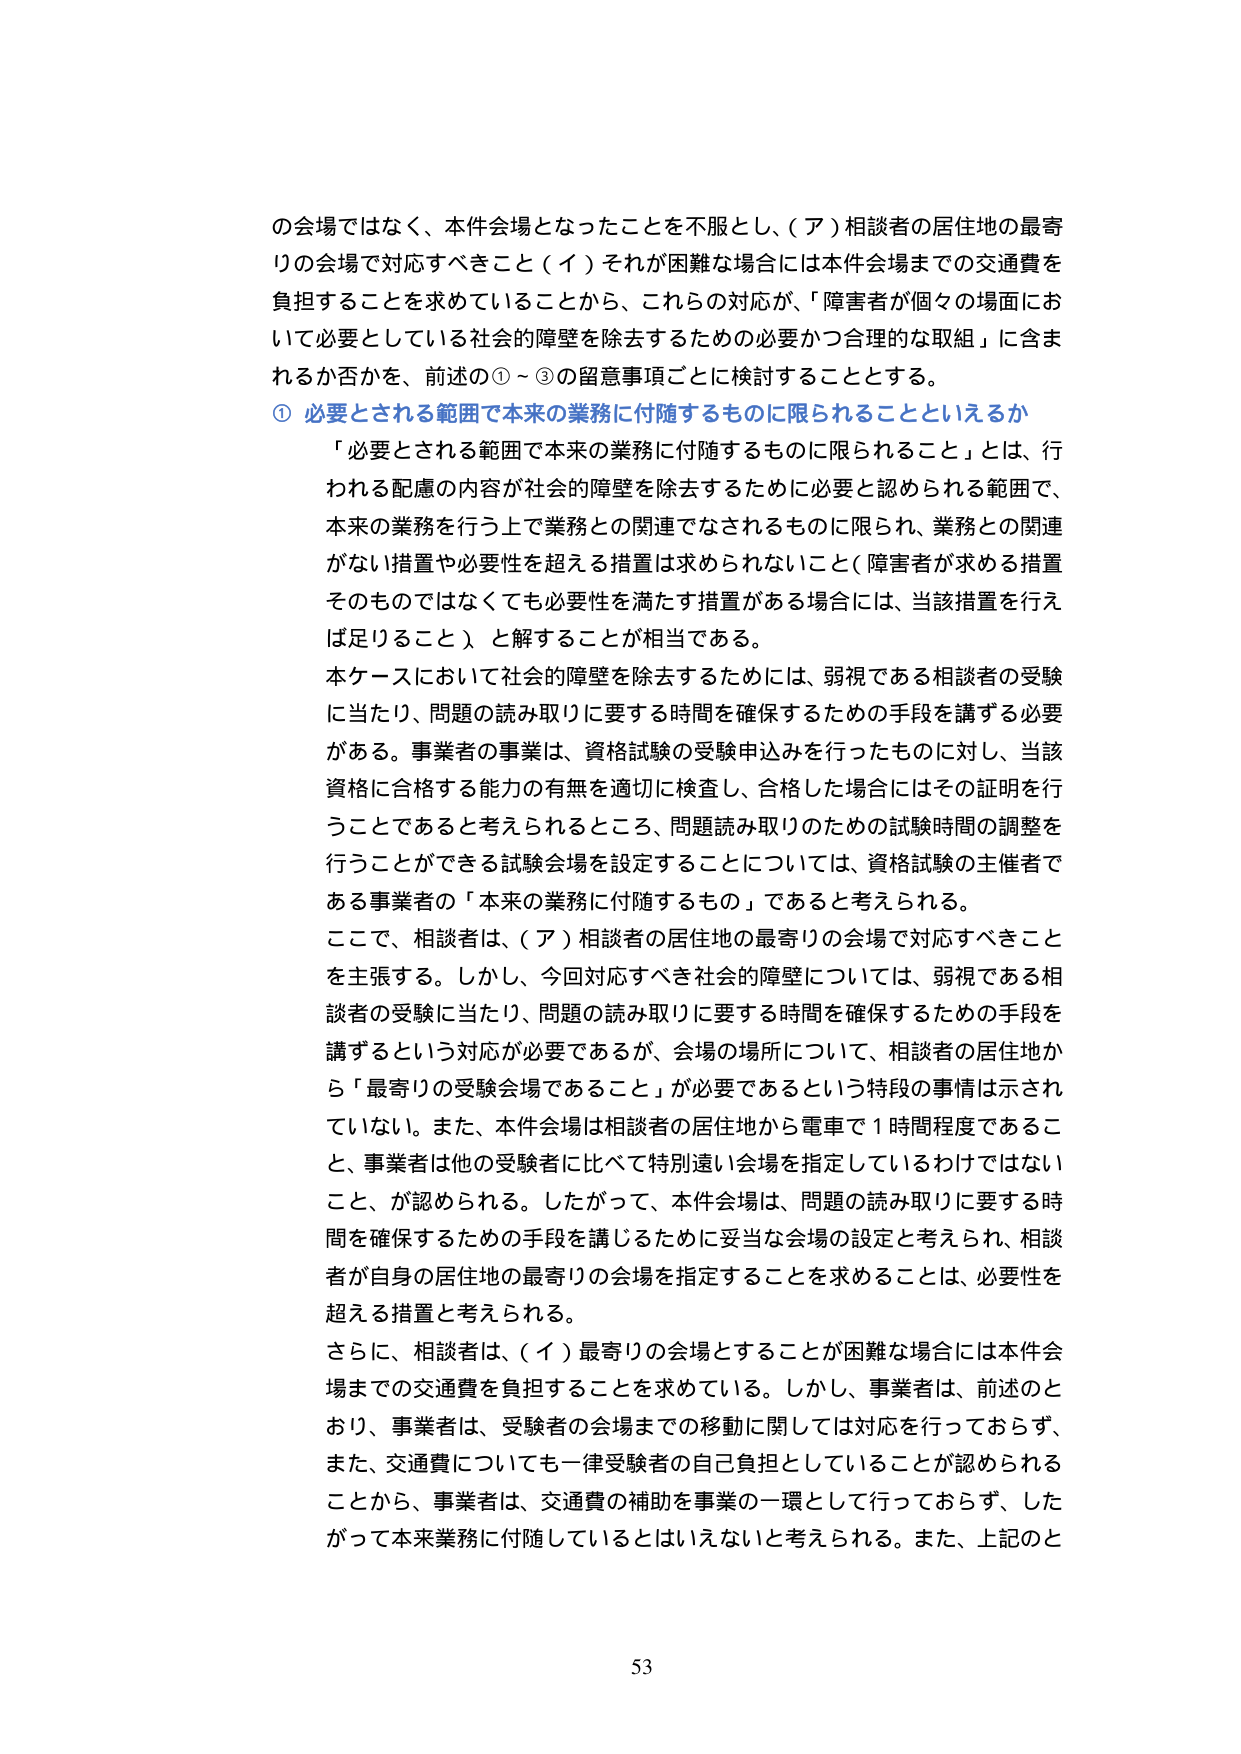
の会場ではなく、本件会場となったことを不服とし、（ア）相談者の居住地の最寄りの会場で対応すべきこと（イ）それが困難な場合には本件会場までの交通費を負担することを求めていることから、これらの対応が、「障害者が個々の場面において必要としている社会的障壁を除去するための必要かつ合理的な取組」に含まれるか否かを、前述の①～③の留意事項ごとに検討することとする。

① 必要とされる範囲で本来の業務に付随するものに限られることといえるか

「必要とされる範囲で本来の業務に付随するものに限られること」とは、行われる配慮の内容が社会的障壁を除去するために必要と認められる範囲で、本来の業務を行う上で業務との関連でなされるものに限られ、業務との関連がない措置や必要性を超える措置は求められないこと（障害者が求める措置そのものではなくても必要性を満たす措置がある場合には、当該措置を行えば足りること）と解することが相当である。

本ケースにおいて社会的障壁を除去するためには、弱視である相談者の受験に当たり、問題の読み取りに要する時間を確保するための手段を講ずる必要がある。事業者の事業は、資格試験の受験申込みを行ったものに対し、当該資格に合格する能力の有無を適切に検査し、合格した場合にはその証明を行うことであると考えられるところ、問題読み取りのための試験時間の調整を行うことができる試験会場を設定することについては、資格試験の主催者である事業者の「本来の業務に付随するもの」であると考えられる。

ここで、相談者は、（ア）相談者の居住地の最寄りの会場で対応すべきことを主張する。しかし、今回対応すべき社会的障壁については、弱視である相談者の受験に当たり、問題の読み取りに要する時間を確保するための手段を講ずるという対応が必要であるが、会場の場所について、相談者の居住地から「最寄りの受験会場であること」が必要であるという特段の事情は示されていない。また、本件会場は相談者の居住地から電車で1時間程度であること、事業者は他の受験者に比べて特別遠い会場を指定しているわけではないこと、が認められる。したがって、本件会場は、問題の読み取りに要する時間を確保するための手段を講じるために妥当な会場の設定と考えられ、相談者が自身の居住地の最寄りの会場を指定することを求めるることは、必要性を超える措置と考えられる。

さらに、相談者は、（イ）最寄りの会場とすることが困難な場合には本件会場までの交通費を負担することを求めている。しかし、事業者は、前述のとおり、事業者は、受験者の会場までの移動に関しては対応を行っておらず、また、交通費についても一律受験者の自己負担としていることが認められることから、事業者は、交通費の補助を事業の一環として行っておらず、したがって本来業務に付随しているとはいえないと考えられる。また、上記のと

53